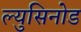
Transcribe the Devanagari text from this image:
ल्युसिनोड